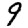
Digit: 9